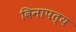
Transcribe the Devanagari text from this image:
विनापत्य